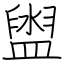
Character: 盥